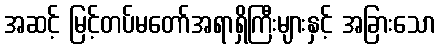
အဆင့် မြင့်တပ်မတော်အရာရှိကြီးများနှင့် အခြားသော